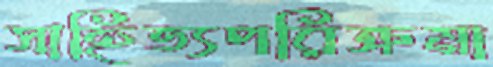
সাহিত্যপরিক্রমা